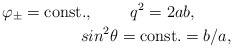
\begin{align*}\varphi_\pm=\mbox{const.},\;\;\;\;\;\;\;\;q^2=2ab,\;\;\;\;\;\;\;\;\\sin^2\theta={\mbox{const.}}=b/a,\end{align*}